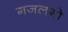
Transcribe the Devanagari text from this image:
गजलगो